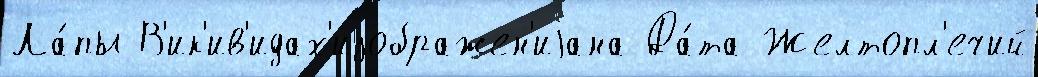
Ла́пы В'ик'ив'идах'изображен'иjана Да́та Желтопл'ечий